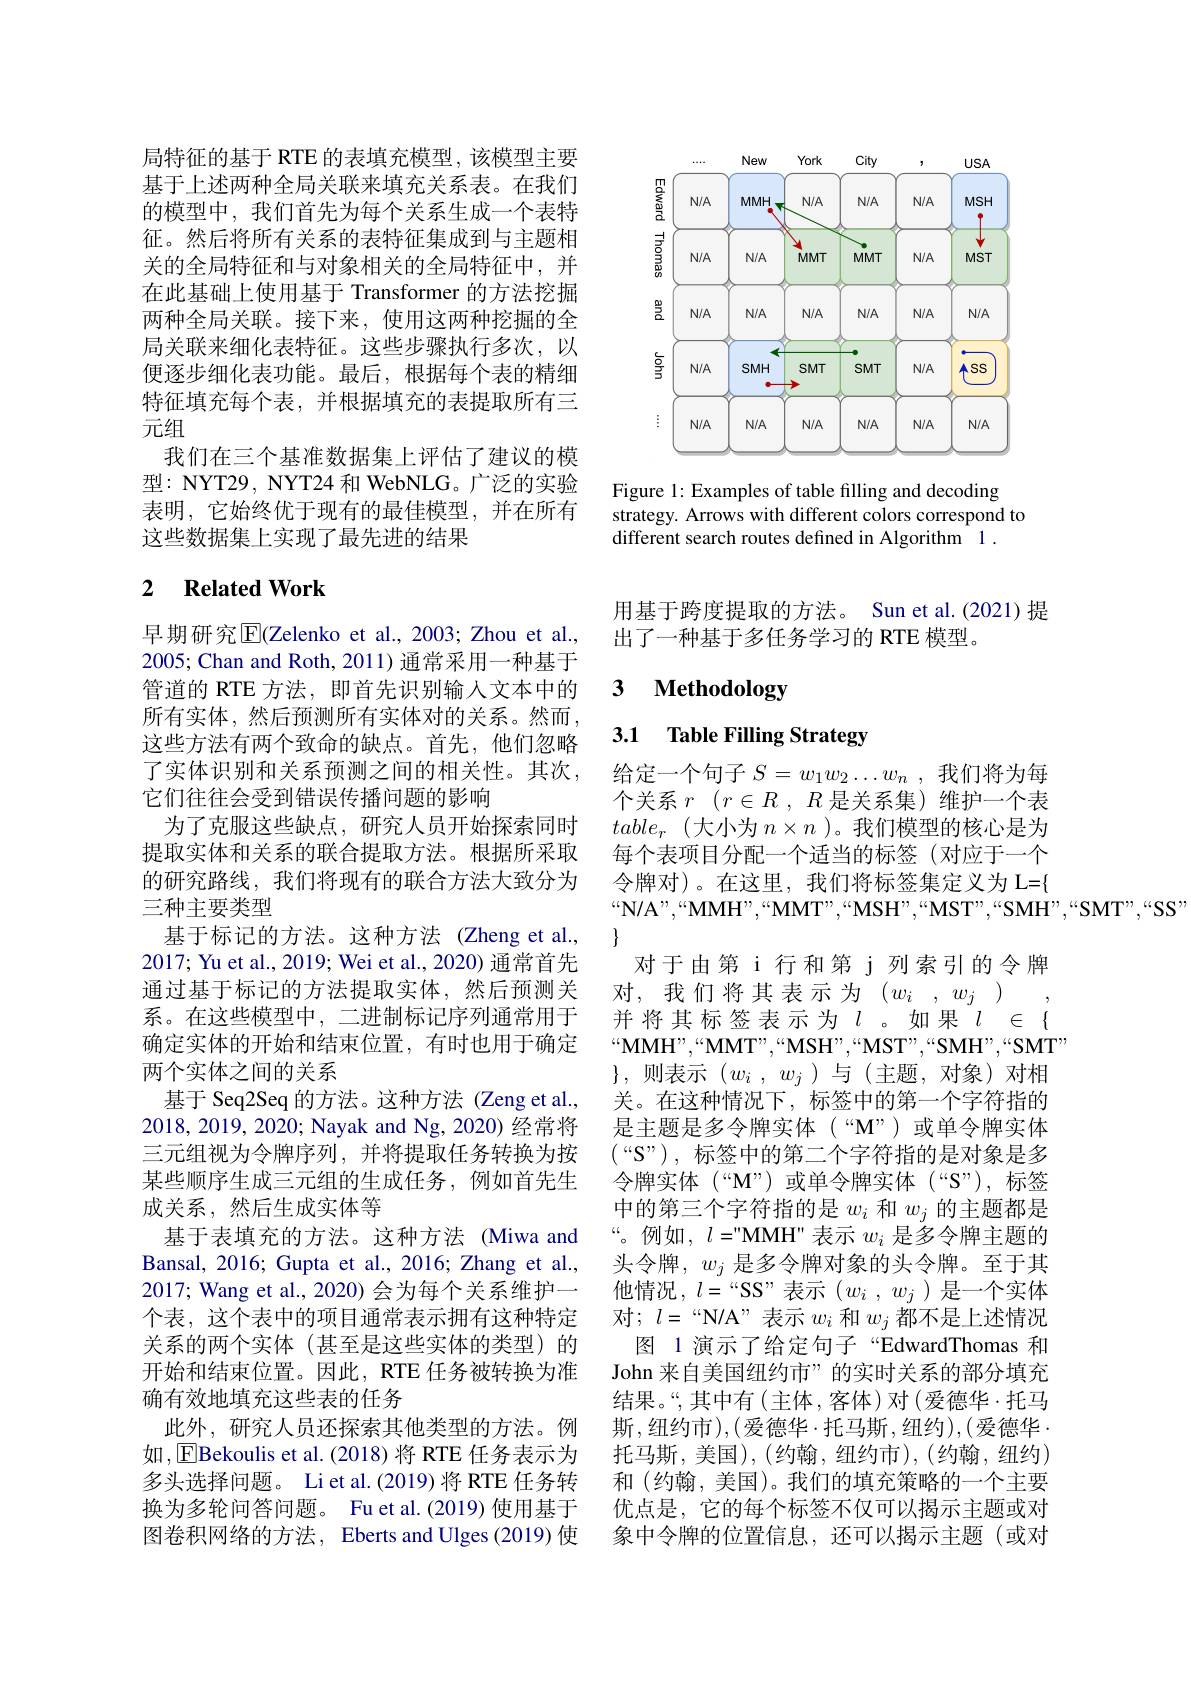
局特征的基于 RTE 的表填充模型，该模型主要基于上述两种全局关联来填充关系表。在我们的模型中，我们首先为每个关系生成一个表特征。然后将所有关系的表特征集成到与主题相关的全局特征和与对象相关的全局特征中，并在此基础上使用基于 Transformer 的方法挖掘两种全局关联。接下来，使用这两种挖掘的全局关联来细化表特征。这些步骤执行多次，以便逐步细化表功能。最后，根据每个表的精细特征填充每个表，并根据填充的表提取所有三元组
我们在三个基准数据集上评估了建议的模型：NYT29, NYT24 和 WebNLG。广泛的实验表明，它始终优于现有的最佳模型，并在所有这些数据集上实现了最先进的结果

### 2 $\textbf{Related Work}$

早期研究$\overline{\mathrm{E}}$(Zelenko et al.,2003; Zhou et al., 2005; Chan and Roth, 2011) 通常采用一种基于管道的 RTE 方法，即首先识别输入文本中的所有实体，然后预测所有实体对的关系。然而， 这些方法有两个致命的缺点。首先，他们忽略了实体识别和关系预测之间的相关性。其次， 它们往往会受到错误传播问题的影响
为了克服这些缺点，研究人员开始探索同时提取实体和关系的联合提取方法。根据所采取的研究路线，我们将现有的联合方法大致分为三种主要类型
基于标记的方法。这种方法(Zheng et al., 2017; Yu et al., 2019; Wei et al., 2020) 通常首先通过基于标记的方法提取实体，然后预测关系。在这些模型中，二进制标记序列通常用于确定实体的开始和结束位置，有时也用于确定两个实体之间的关系
基于 Seq2Seq 的方法。这种方法 (Zeng et al., 2018,2019,2020; Nayak and Ng,2020) 经常将三元组视为令牌序列，并将提取任务转换为按某些顺序生成三元组的生成任务，例如首先生成关系，然后生成实体等
基于表填充的方法。这种方法(Miwa and Bansal, 2016; Gupta et al., 2016; Zhang et al., 2017; Wang et al., 2020) 会为每个关系维护一个表，这个表中的项目通常表示拥有这种特定关系的两个实体(甚至是这些实体的类型)的开始和结束位置。因此，RTE 任务被转换为准确有效地填充这些表的任务
此外，研究人员还探索其他类型的方法。例如，EBekoulis et al.(2018)将 RTE 任务表示为多头选择问题。Li et al.(2019)将 RTE 任务转换为多轮问答问题。Fu et al.(2019) 使用基于图卷积网络的方法，Eberts and Ulges (2019) 使

Figure 1: Examples of table filling and decoding
strategy. Arrows with different colors correspond to
different search routes defined in Algorithm 1 .

用基于跨度提取的方法。Sun et al.(2021)提
出了一种基于多任务学习的 RTE 模型。

### $\textbf{3}$ $\textbf{Methodologw}$

### 3.1 Table Filling Strategy

给定一个句子$S=w_1w_2\ldots w_n$,我们将为每个关系$r$ $( r\in R$ , $R$是关系集)维护一个表$table_r$(大小为$n\times n$ )。我们模型的核心是为每个表项目分配一个适当的标签(对应于一个令牌对)。在这里，我们将标签集定义为 L={ $“\mathbf{N}/\mathbf{A}”,“\mathbf{MMH",“MMT",“MSH",“MST",“SMH",“SMT",“SS"}$
$\{$
对于由第 i 行和第 j 列索引的令牌对，我们将其表示为$(w_i,w_j)$ 并将其标签表示为$l$。如果$l\in\{$ $“\mathbf{MMH",“MMT",“MSH”,“MST”,“SMH”,“SMT”}$ $\}$,则表示$( w_{i}$ , $w_{j}$ )与(主题，对象)对相关。在这种情况下，标签中的第一个字符指的是主题是多令牌实体(“M”)或单令牌实体$(“\mathcal{S}”)$,标签中的第二个字符指的是对象是多令牌实体(“M”)或单令牌实体(“S”),标签中的第三个字符指的是$w_i$和$w_j$的主题都是“。例如$,l=$"MMH"表示 $w_i$ 是多令牌主题的头令牌，$w_j$是多令牌对象的头令牌。至于其他情况，$l=$“SS”表示($w_i,w_j$)是一个实体对$;~l=~“$N/A”表示$w_i$和$w_j$都不是上述情况
图 1 演示了给定句子“EdwardThomas 和John 来自美国纽约市”的实时关系的部分填充结果。“,其中有(主体，客体)对(爱德华·托马斯，纽约市),(爱德华$\cdot$托马斯，纽约),(爱德华. 托马斯，美国),(约翰，纽约市),(约翰，纽约) 和 (约翰，美国)。我们的填充策略的一个主要优点是，它的每个标签不仅可以揭示主题或对象中令牌的位置信息，还可以揭示主题(或对